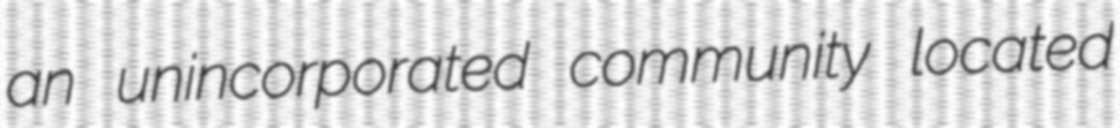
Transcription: an unincorporated community located